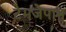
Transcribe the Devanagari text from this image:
टेमजेपाम